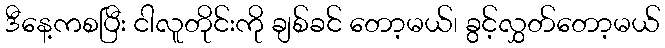
ဒီနေ့ကစပြီး ငါလူတိုင်းကို ချစ်ခင် တော့မယ်၊ ခွင့်လွှတ်တော့မယ်